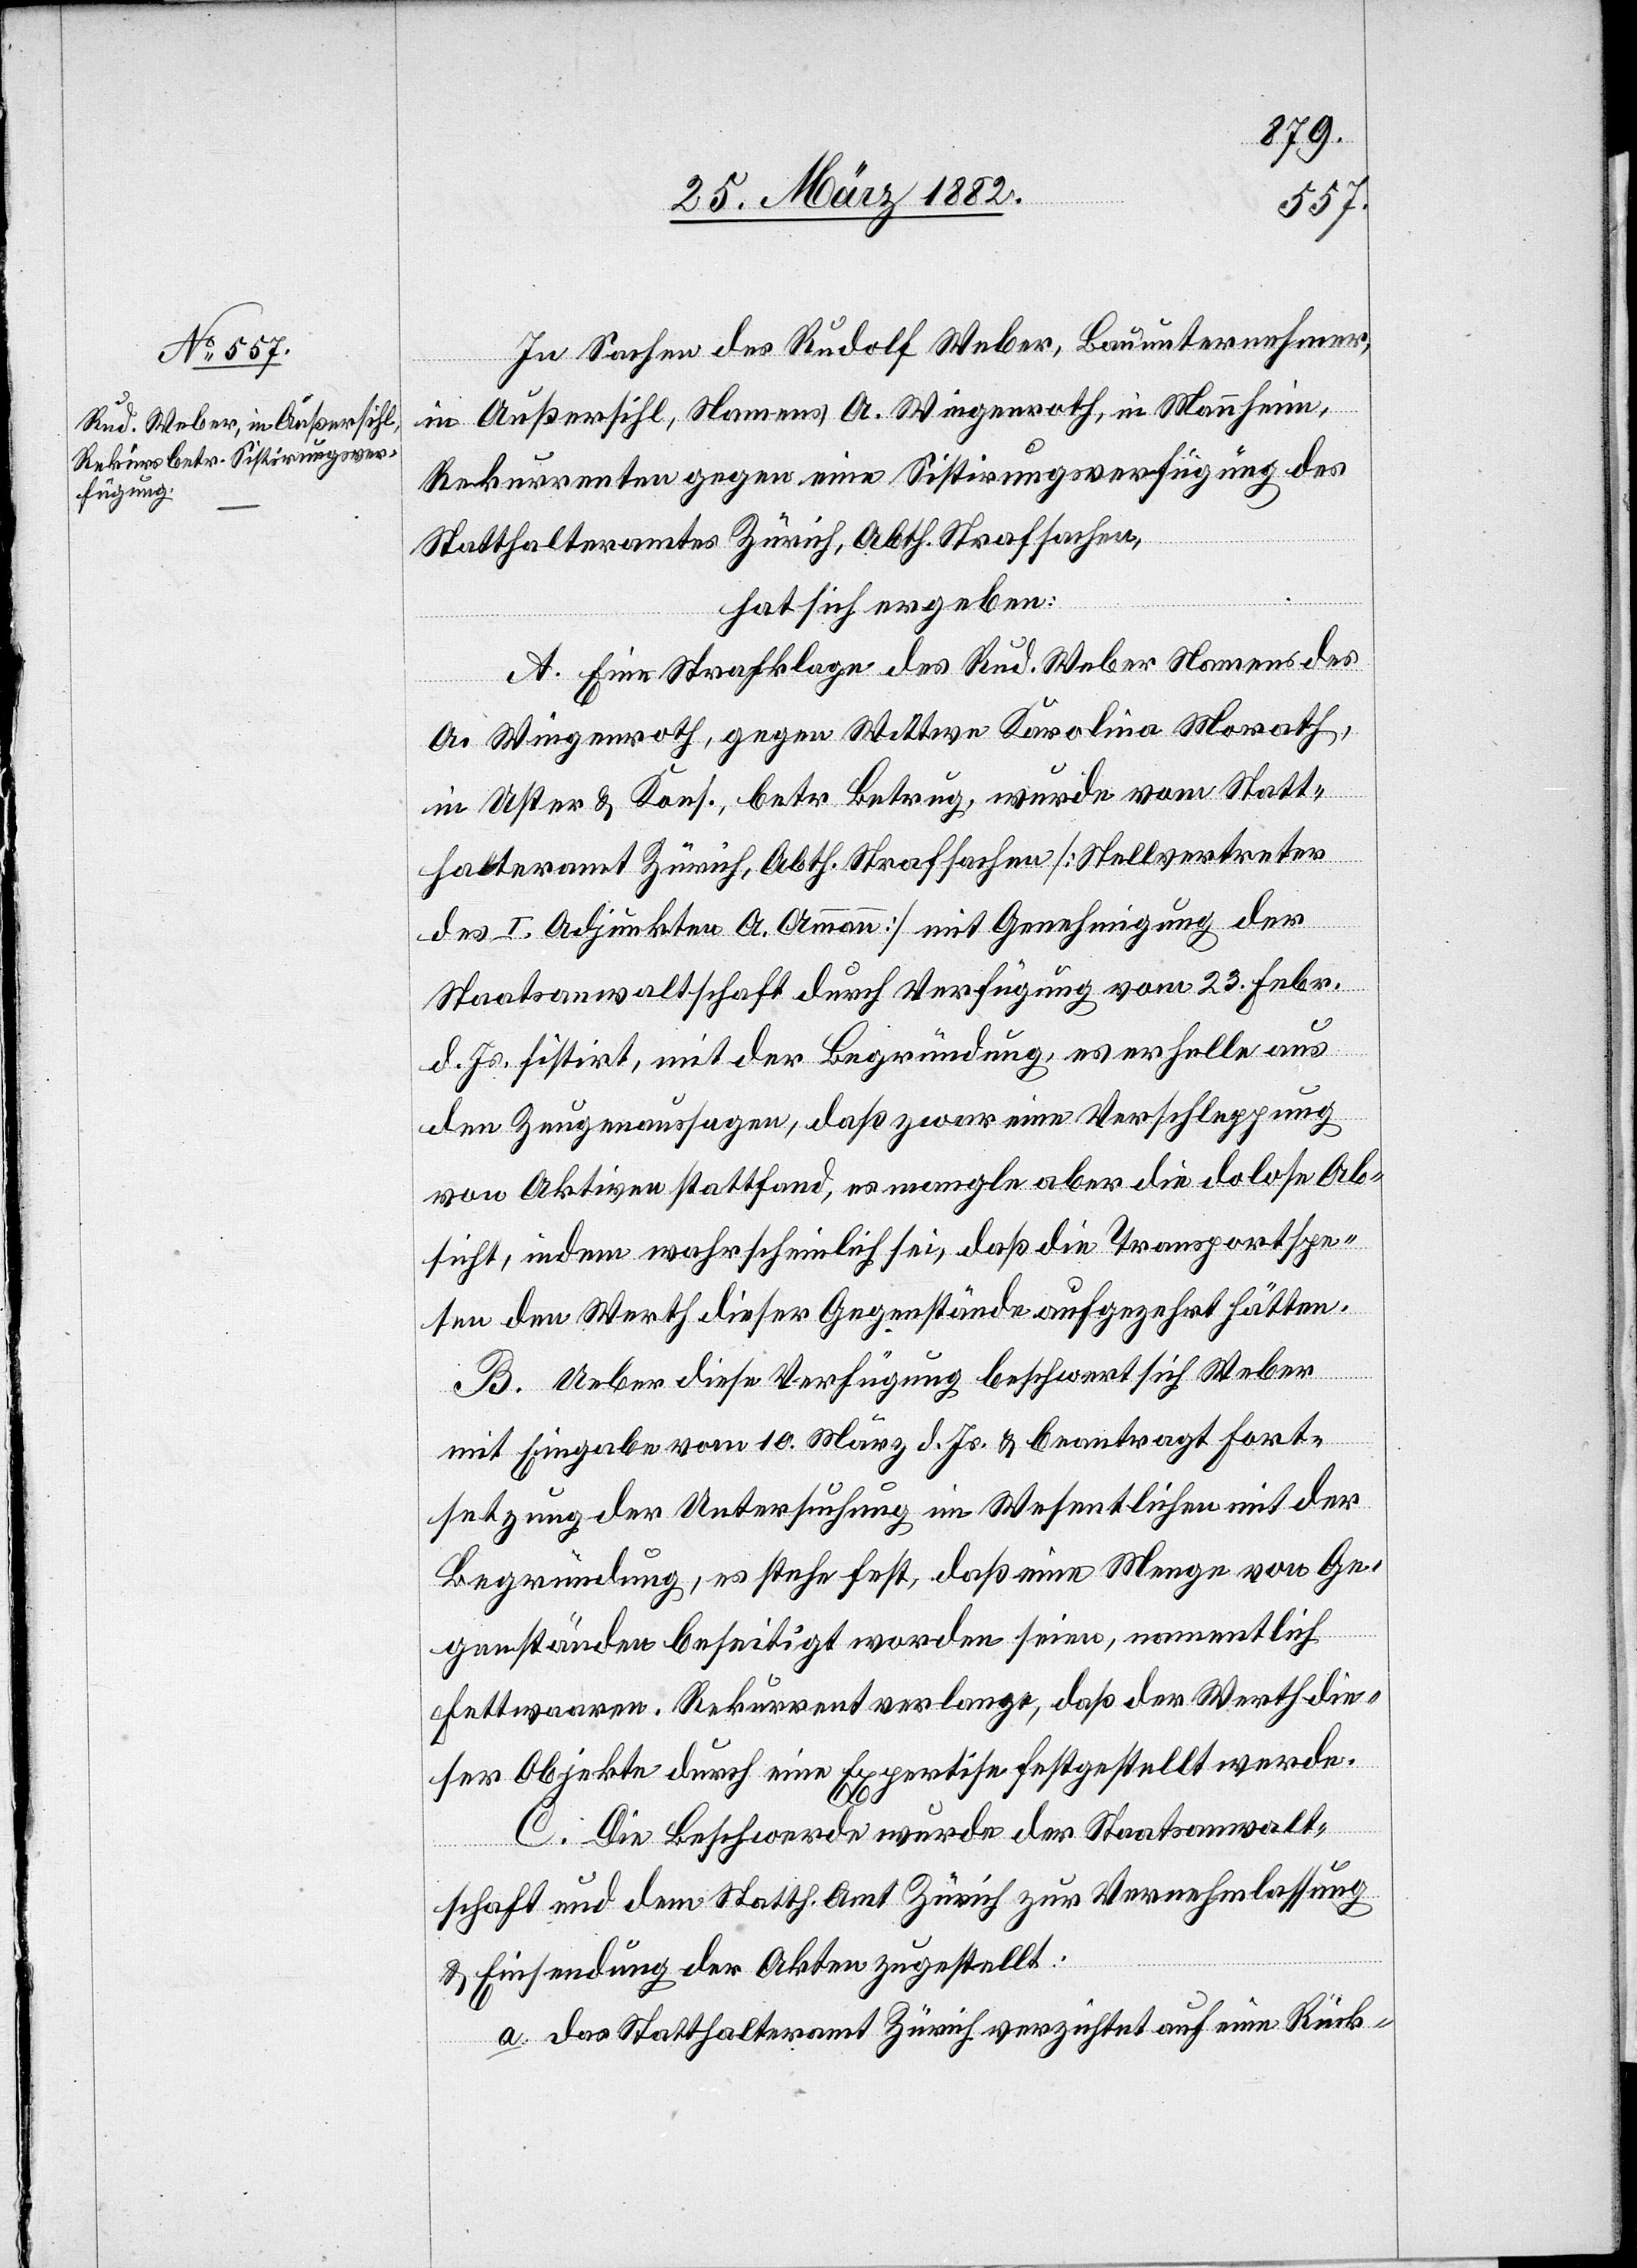
In Sachen des Rudolf Weber, Bauunternehmer,
in Außersihl, Namens A. Wiegenrath, in Mannheim,
Rekurrenten gegen eine Sistierungsverfügung des
Statthalteramtes Zürich, Abth. Strafsachen,
hat sich ergeben:
A. Eine Strafklage des Rud. Weber Namens des
A. Wiegenrath, gegen Wittwe Karolina Morath,
in Uster & Kons., betr. Betrug, wurde vom Statt¬
halteramt Zürich, Abth. Strafsachen [Stellvertreter
des I. Adjunkten A. Ammann] mit Genehmigung der
Staatsanwaltschaft durch Verfügung vom 23. Febr.
d. Js. sistiert, mit der Begründung, es erhelle aus
den Zeugenaussagen, daß zwar eine Verschleppung
von Aktiven stattfand, es mangle aber die dolose Ab¬
sicht, indem wahrscheinlich sei, daß die Transportspe¬
sen den Werth dieser Gegenstände aufgezehrt hätten.
B. Ueber diese Verfügung beschwert sich Weber
mit Eingabe vom 10. März d. Js. & beantragt Fort¬
setzung der Untersuchung im Wesentlichen mit der
Begründung, es stehe fest, daß eine Menge von Ge¬
genständen beseitigt worden seien, namentlich
Fettwaaren. Rekurrent verlange, daß der Werth die¬
ser Objekte durch eine Expertise festgestellt werde.
C. Die Beschwerde wurde der Staatsanwalt¬
schaft und dem Statth. Amt Zürich zur Vernehmlassung
& Einsendung der Akten zugestellt.
a. das Statthalteramt Zürich verzichtet auf eine Rück-